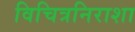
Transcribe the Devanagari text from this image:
विचित्रनिराशा